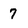
Character: 7